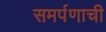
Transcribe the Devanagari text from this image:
समर्पणाची